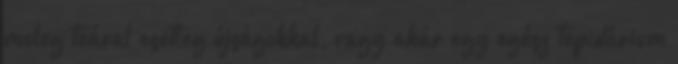
meleg teával esetleg újságokkal, vagy akár egy egész tepidárium